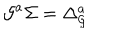
LaTeX: { \cal G } ^ { a } \Sigma = \Delta _ { \cal G } ^ { a }